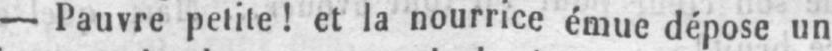
- Pauvre petite! et la nourrice émue dépose un